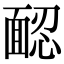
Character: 𩈢